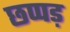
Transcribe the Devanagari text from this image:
छप्पड़